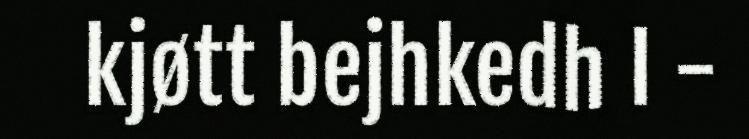
kjøtt bejhkedh I -